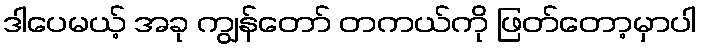
ဒါပေမယ့် အခု ကျွန်တော် တကယ်ကို ဖြတ်တော့မှာပါ